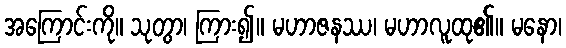
အကြောင်းကို။ သုတွာ၊ ကြား၍။ မဟာဇနဿ၊ မဟာလူထု၏။ မနော၊